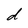
Character: d